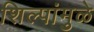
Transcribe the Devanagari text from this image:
शिल्पांमुळे